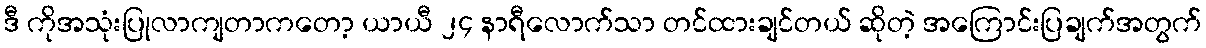
ဒီ ကိုအသုံးပြုလာကျတာကတော့ ယာယီ ၂၄ နာရီလောက်သာ တင်ထားချင်တယ် ဆိုတဲ့ အကြောင်းပြချက်အတွက်